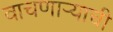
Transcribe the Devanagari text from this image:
वाचणाऱ्याची